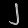
Digit: ၂